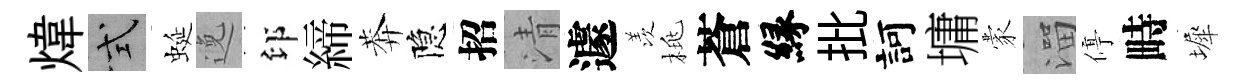
煒式蜒𨓜印締莾隐招清遽羡桃蒼縁批訶墉蒙溜停畤墀